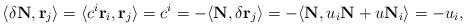
LaTeX: \begin{align*} \langle \delta\mathbf{N}, \mathbf{r}_j \rangle = \langle c^i \mathbf{r}_i, \mathbf{r}_j \rangle = c^i = -\langle \mathbf{N}, \delta\mathbf{r}_j \rangle = -\langle \mathbf{N}, u_i \mathbf{N} + u\mathbf{N}_i \rangle = -u_i,\end{align*}